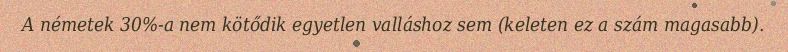
A németek 30%-a nem kötődik egyetlen valláshoz sem (keleten ez a szám magasabb).